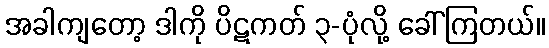
အခါကျတော့ ဒါကို ပိဋကတ် ၃-ပုံလို့ ခေါ်ကြတယ်။